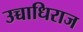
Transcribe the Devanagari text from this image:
उच्चाधिराज